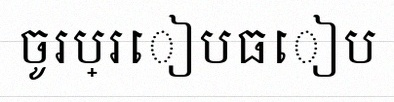
ចូរប្រៀបធៀប